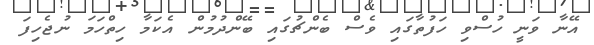
އޭނާ ވަނީ ހުސްވި ހަފުތާގައި ވެސް ބެންޗުގައި ބޭންދުމުން އެކަމާ ހިތްހަމަ ނުޖެހިފަ